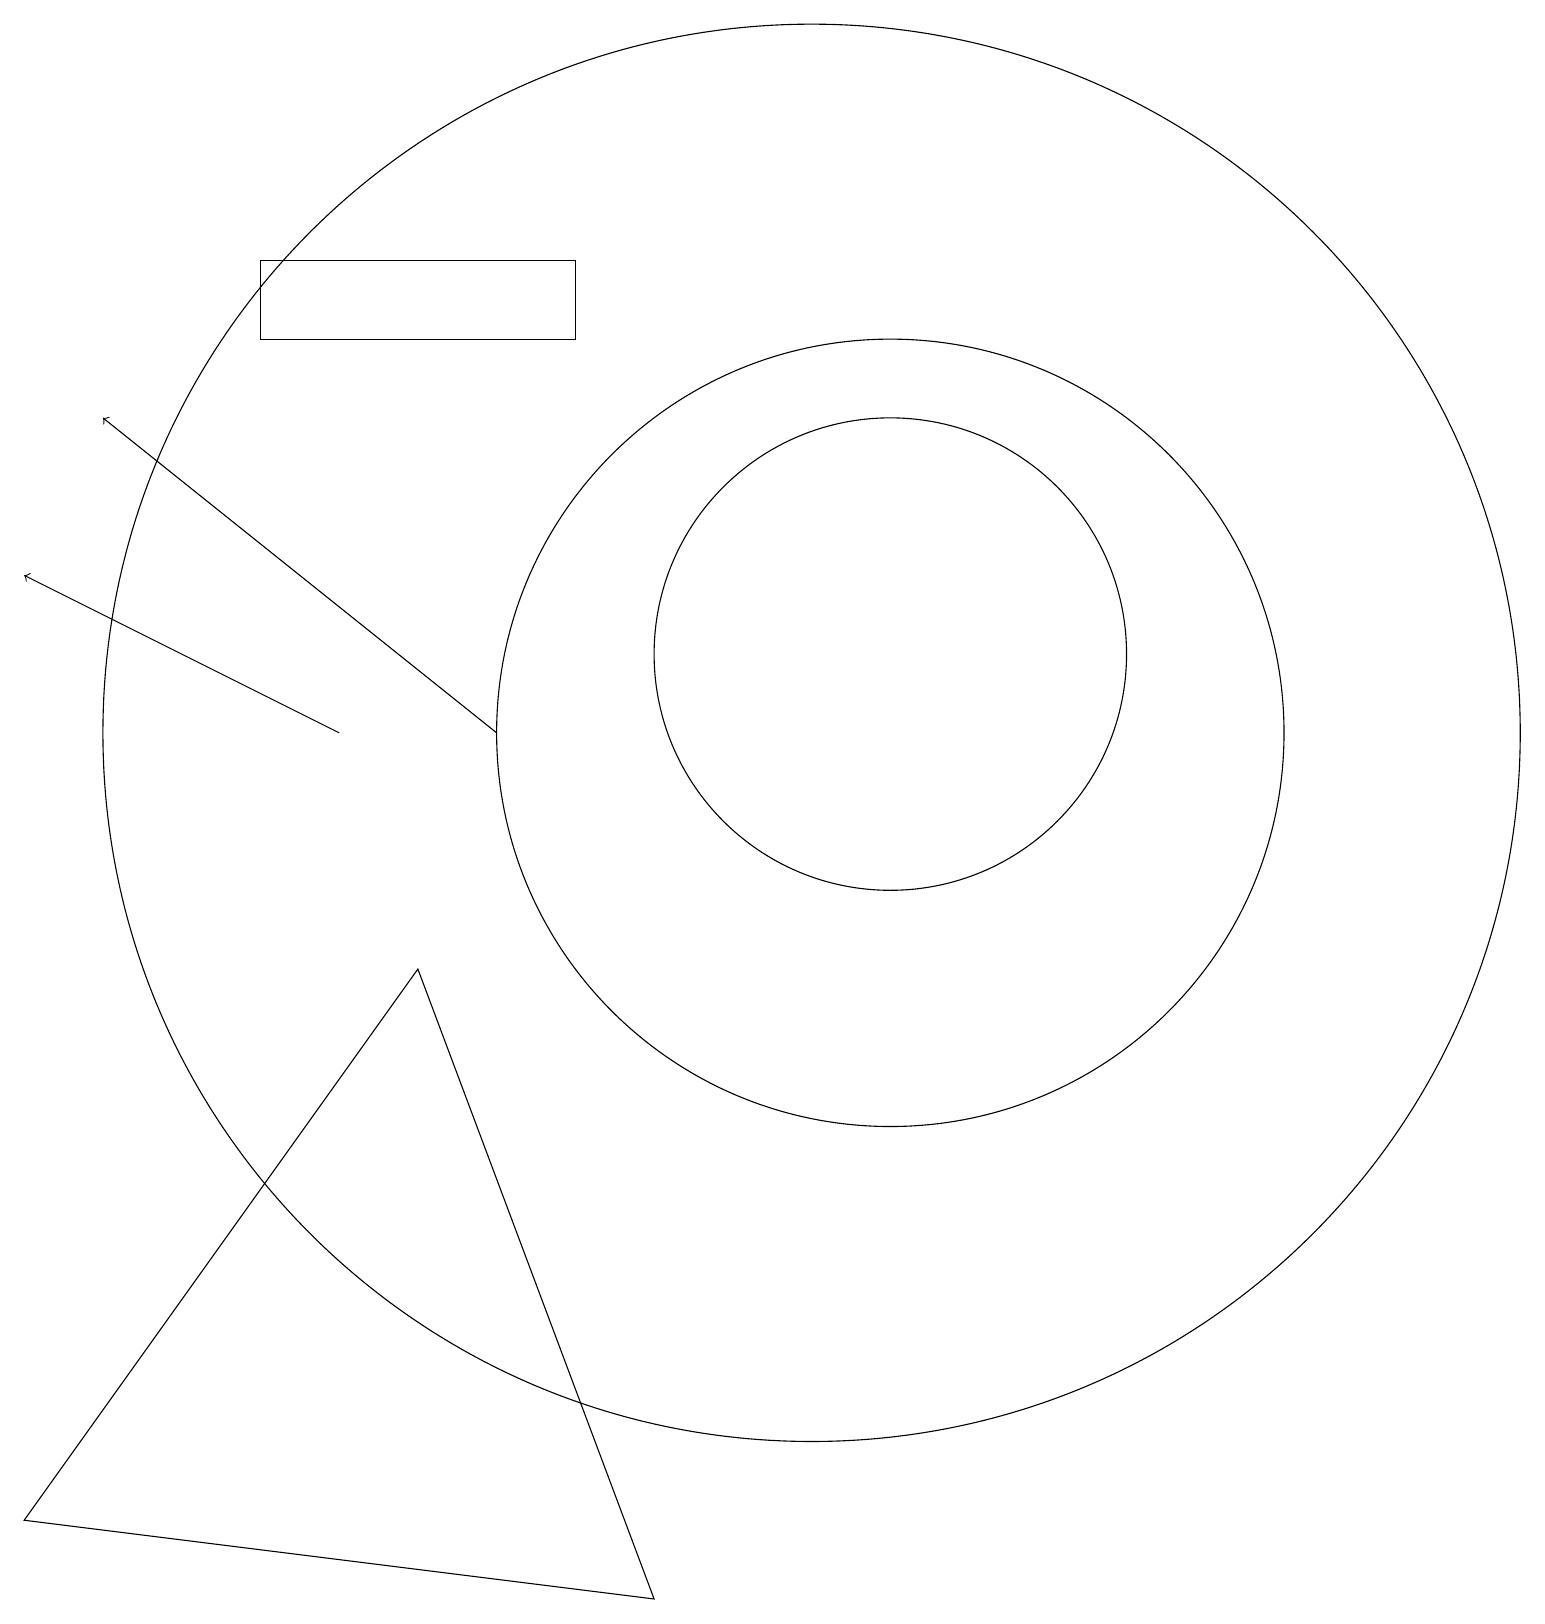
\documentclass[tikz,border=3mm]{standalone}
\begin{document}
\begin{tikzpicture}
\draw (0,1) -- (8,0) -- (5,8) -- cycle;
\draw (10,11) circle (9);
\draw (11,11) circle (5);
\draw (11,12) circle (3);
\draw[->] (4,11) -- (0,13);
\draw (3,17) rectangle (7,16);
\draw[->] (6,11) -- (1,15);
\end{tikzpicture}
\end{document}